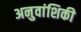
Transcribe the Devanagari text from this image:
अनुवांशिकी